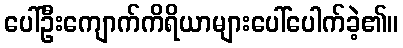
ပေါ်ဦးကျောက်ကိရိယာများပေါ်ပေါက်ခဲ့၏။